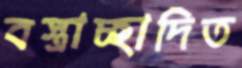
বস্ত্রাচ্ছাদিত